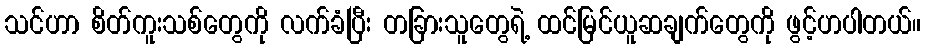
သင်ဟာ စိတ်ကူးသစ်တွေကို လက်ခံပြီး တခြားသူတွေရဲ့ ထင်မြင်ယူဆချက်တွေကို ဖွင့်ဟပါတယ်။